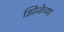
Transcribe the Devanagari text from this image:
झिजेच्या